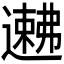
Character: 𬩉